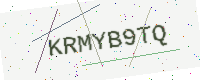
Text: KRMYB9TQ